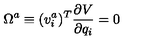
\Omega ^ { a } \equiv ( v _ { i } ^ { a } ) ^ { T } { \frac { \partial V } { \partial q _ { i } } } = 0